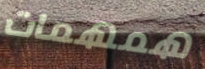
همهمات